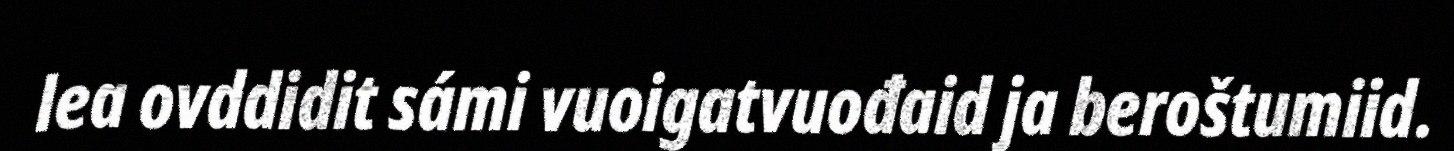
lea ovddidit sámi vuoigatvuođaid ja beroštumiid.